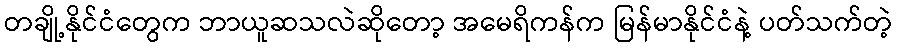
တချို့နိုင်ငံတွေက ဘာယူဆသလဲဆိုတော့ အမေရိကန်က မြန်မာနိုင်ငံနဲ့ ပတ်သက်တဲ့